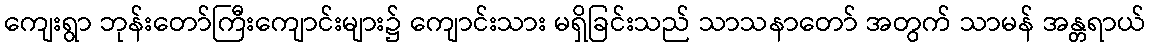
ကျေးရွာ ဘုန်းတော်ကြီးကျောင်းများ၌ ကျောင်းသား မရှိခြင်းသည် သာသနာတော် အတွက် သာမန် အန္တရာယ်